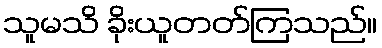
သူမသိ ခိုးယူတတ်ကြသည်။